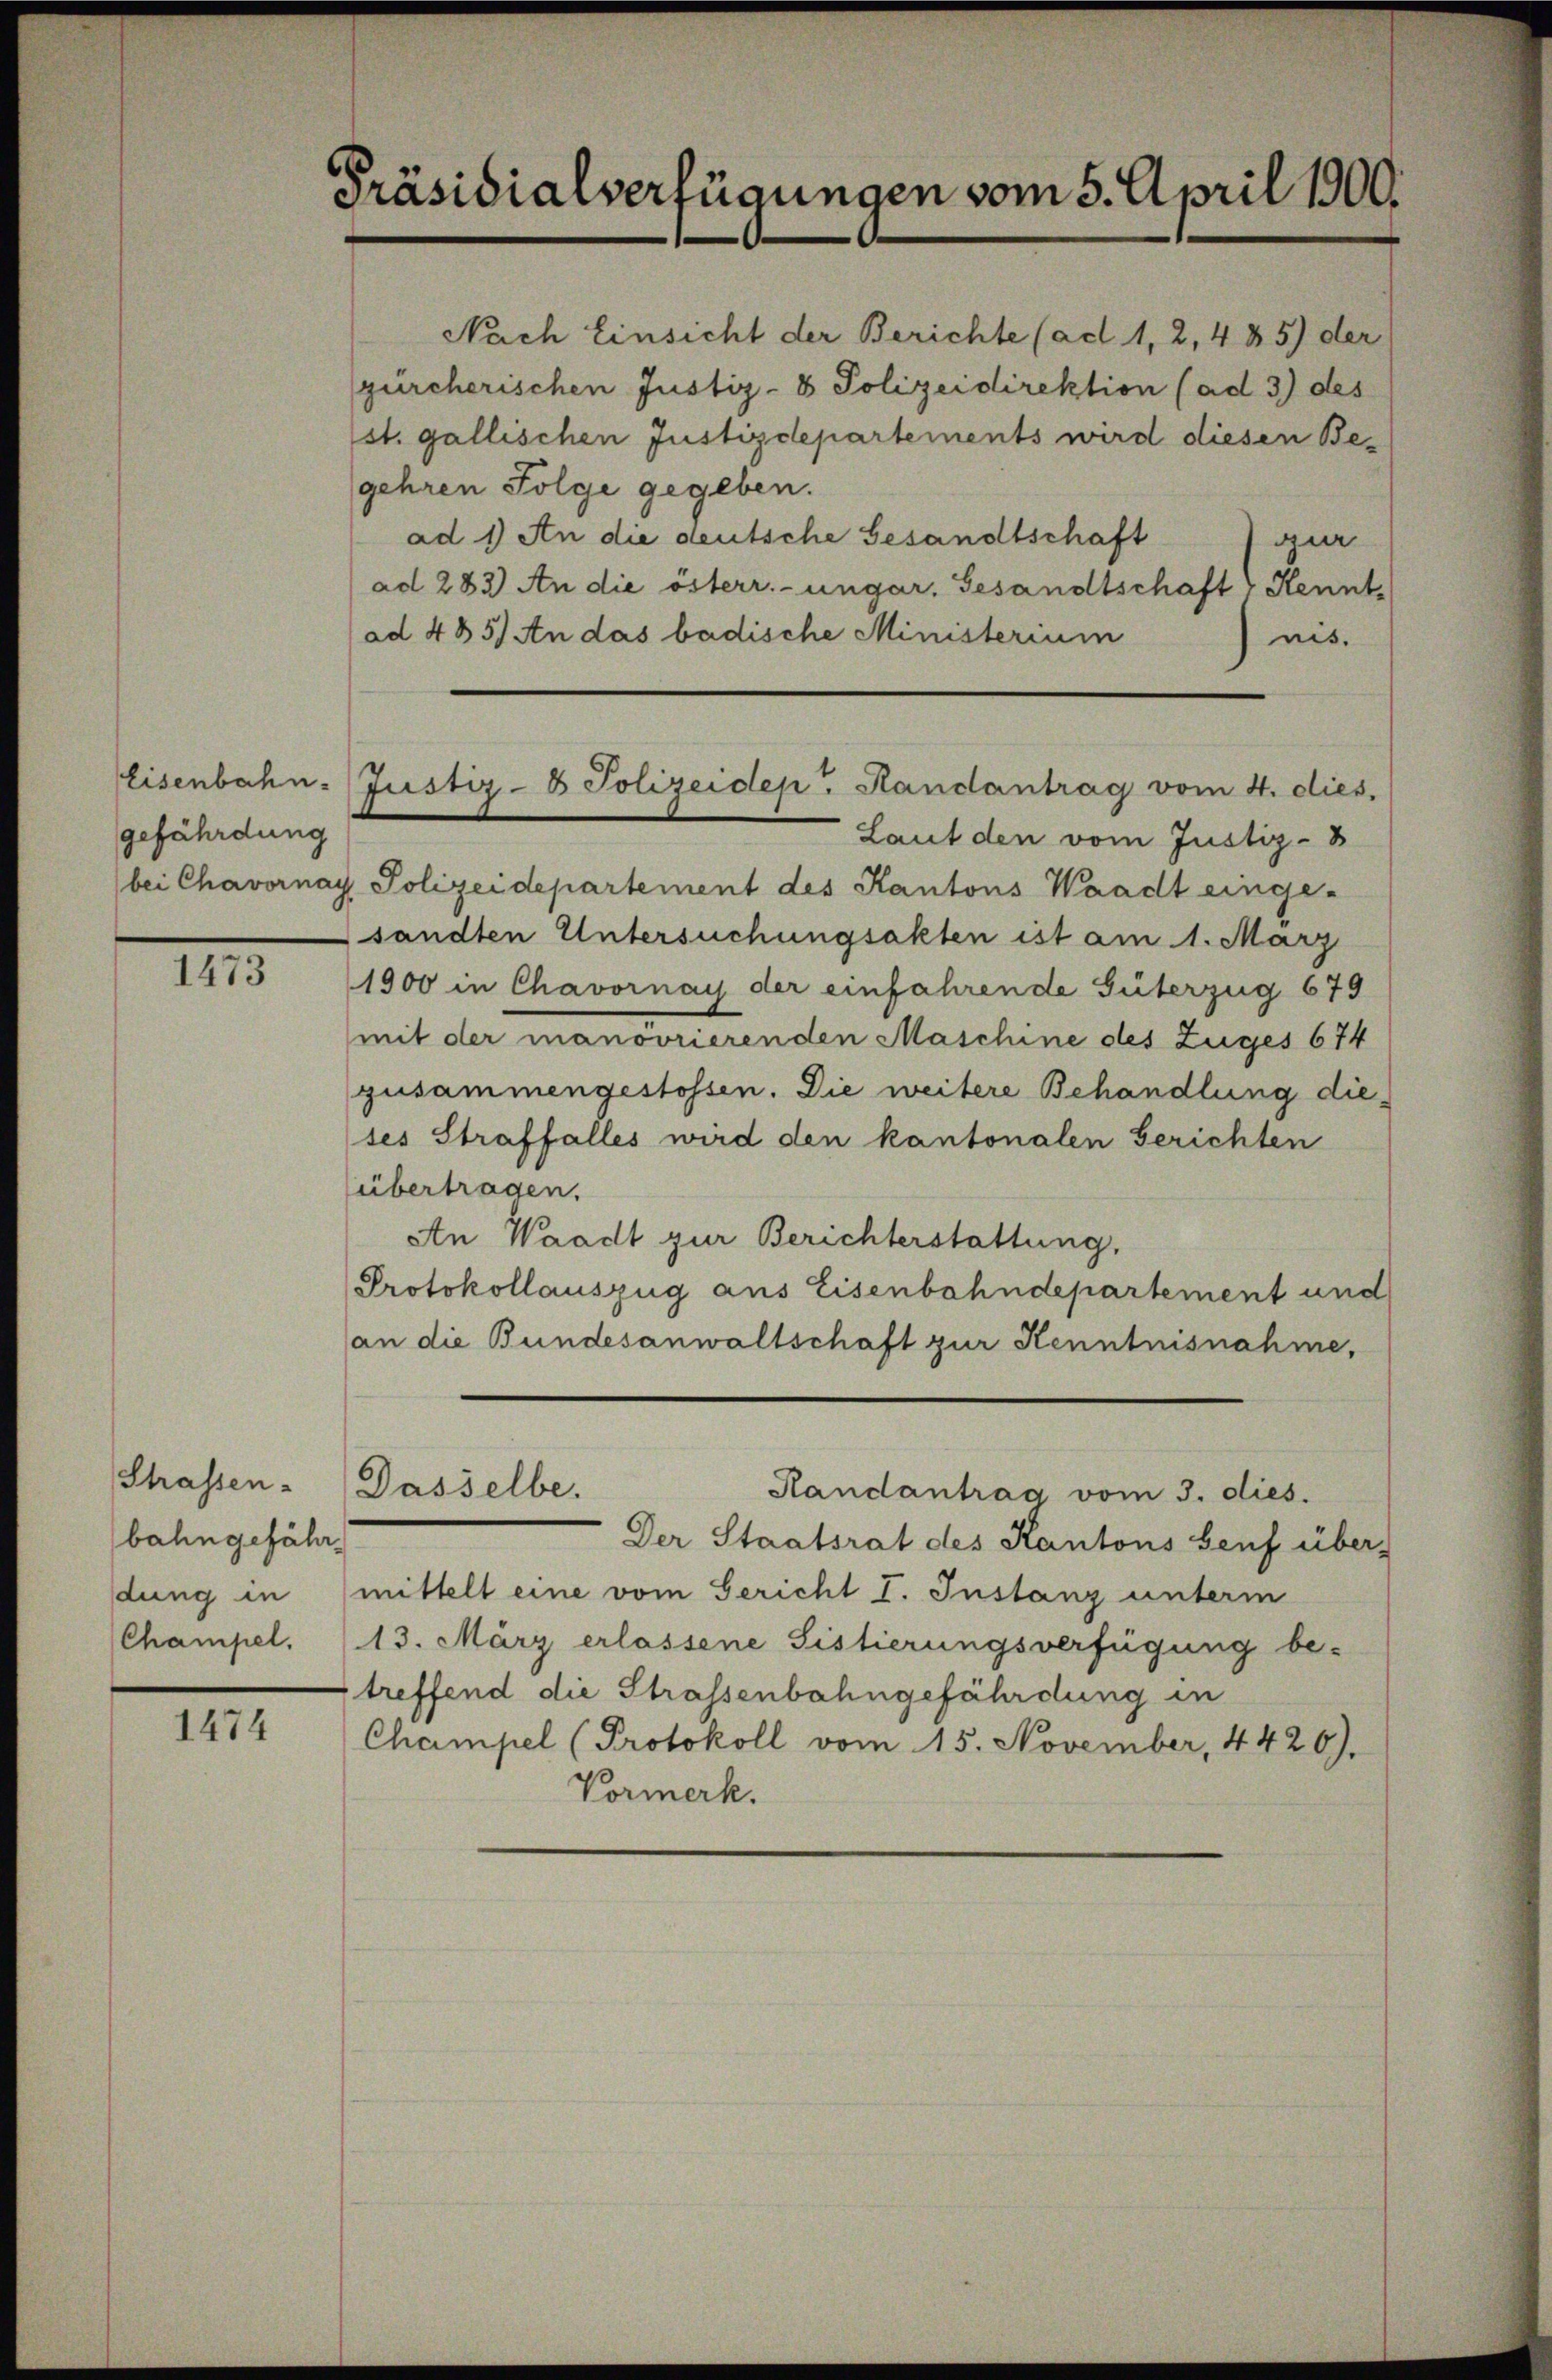
gefährdung

1473

Shassen.
bahngefährdung in
Champel.

1474

Präsidialverfügungen vom 5. April 1900.

gürcherischen Justiz- & Polizeidirektion (ad 3) des
st. gallischen Justizdepartements wird diesen Begehren Folge gegeben.
ad 1) An die deutsche Gesandtschaft
ad 283) An die österr.-ungar. Gesandtschaft Kennt
ad 485) An das badische Ministerium
Laut den vom Justiz- &
bei Chavornay Polizeidepartement des Kantons Waadt einge-
sandten Untersuchungsakten ist am 1. März
1900 in Chavornay der einfahrende Güterzug 679
mit der manövrierenden Maschine des Zuges 674
gusammengestossen. Die weitere Behandlung dieses Straffalles wird den kantonalen Gerichten
übertragen.
An Waadt zur Berichterstattung,
Protokollauszug aus Eisenbahndepartement und
(an die Bundesanwaltschaft zur Kenntnisnahme,
Dasselbe.
Randantrag vom 3. dies.
Der Staatsrat des Kantons Senf über-
mittelt eine vom Gericht I. Instanz unterm
13. März erlassene Sistierungsverfügung be-
treffend die Strassenbahngefährdung in
Champel (Protokoll vom 15. November, 4420).
Vormerk.

Eisenbahn-Justiz- & Polizeiden Handantrag vom 4. dies,

Nach Einsicht der Berichte (ad 1, 2, 485) der
gur
nis.